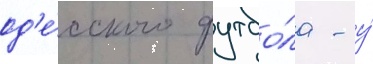
од'е́сского футбо́ла - у́